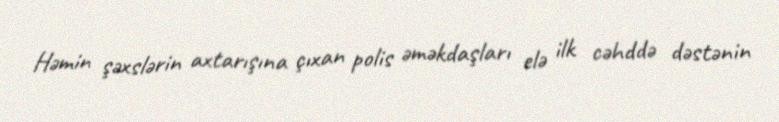
Həmin şəxslərin axtarışına çıxan polis əməkdaşları elə ilk cəhddə dəstənin